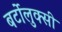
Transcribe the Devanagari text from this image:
बर्टोलुक्सी